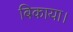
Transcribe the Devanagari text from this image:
बिकाया।